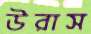
উরাস